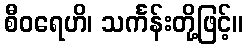
စီဝရေဟိ၊ သင်္ကန်းတို့ဖြင့်။